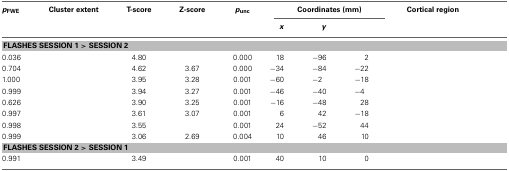
<table><thead><tr><td><b><i>p</i><sub>FWE</sub></b></td><td><b>Cluster extent</b></td><td><b>T-score</b></td><td><b>Z-score</b></td><td><b><i>p</i><sub>unc</sub></b></td><td colspan="3"><b>Coordinates (mm)</b></td><td><b>Cortical region</b></td></tr><tr><td>[EMPTY_CELL]</td><td>[EMPTY_CELL]</td><td>[EMPTY_CELL]</td><td>[EMPTY_CELL]</td><td>[EMPTY_CELL]</td><td><b><i>x</i></b></td><td><b><i>y</i></b></td><td>[EMPTY_CELL]</td><td>[EMPTY_CELL]</td></tr></thead><tbody><tr><td colspan="9"><b>FLASHES SESSION 1 &gt; SESSION 2</b></td></tr><tr><td>0.036</td><td>[EMPTY_CELL]</td><td>4.80</td><td>[EMPTY_CELL]</td><td>0.000</td><td>18</td><td>−96</td><td>2</td><td>[EMPTY_CELL]</td></tr><tr><td>0.704</td><td>[EMPTY_CELL]</td><td>4.62</td><td>3.67</td><td>0.000</td><td>−34</td><td>−84</td><td>−22</td><td>[EMPTY_CELL]</td></tr><tr><td>1.000</td><td>[EMPTY_CELL]</td><td>3.95</td><td>3.28</td><td>0.001</td><td>−60</td><td>−2</td><td>−18</td><td>[EMPTY_CELL]</td></tr><tr><td>0.999</td><td>[EMPTY_CELL]</td><td>3.94</td><td>3.27</td><td>0.001</td><td>−46</td><td>−40</td><td>−4</td><td>[EMPTY_CELL]</td></tr><tr><td>0.626</td><td>[EMPTY_CELL]</td><td>3.90</td><td>3.25</td><td>0.001</td><td>−16</td><td>−48</td><td>28</td><td>[EMPTY_CELL]</td></tr><tr><td>0.997</td><td>[EMPTY_CELL]</td><td>3.61</td><td>3.07</td><td>0.001</td><td>6</td><td>42</td><td>−18</td><td>[EMPTY_CELL]</td></tr><tr><td>0.998</td><td>[EMPTY_CELL]</td><td>3.55</td><td>[EMPTY_CELL]</td><td>0.001</td><td>24</td><td>−52</td><td>44</td><td>[EMPTY_CELL]</td></tr><tr><td>0.999</td><td>[EMPTY_CELL]</td><td>3.06</td><td>2.69</td><td>0.004</td><td>10</td><td>46</td><td>10</td><td>[EMPTY_CELL]</td></tr><tr><td colspan="9"><b>FLASHES SESSION 2 &gt; SESSION 1</b></td></tr><tr><td>0.991</td><td>[EMPTY_CELL]</td><td>3.49</td><td>[EMPTY_CELL]</td><td>0.001</td><td>40</td><td>10</td><td>0</td><td>[EMPTY_CELL]</td></tr></tbody></table>